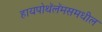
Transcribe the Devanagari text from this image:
हायपोथॅलॅमसमधील